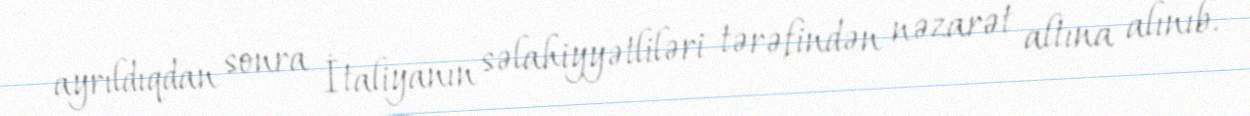
ayrıldıqdan sonra İtaliyanın səlahiyyətliləri tərəfindən nəzarət altına alınıb.